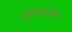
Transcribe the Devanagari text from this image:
सूक्तिसंपत्ति